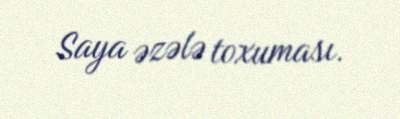
Saya əzələ toxuması.